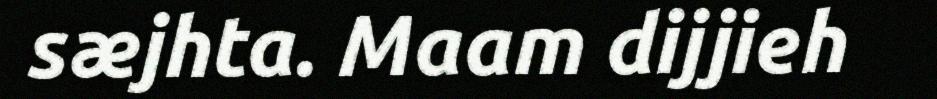
sæjhta. Maam dijjieh